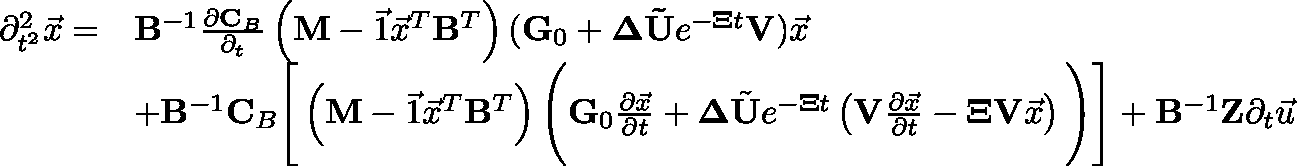
\begin{array} { r l } { \partial _ { t ^ { 2 } } ^ { 2 } \vec { x } = } & { \mathbf { B } ^ { - 1 } \frac { \partial \mathbf { C } _ { B } } { \partial _ { t } } \left( \mathbf { M } - \vec { 1 } \vec { x } ^ { T } \mathbf { B } ^ { T } \right) ( \mathbf { G } _ { 0 } + \mathbf { \Delta } \mathbf { \tilde { U } } e ^ { - \mathbf { \Xi } t } \mathbf { V } ) \vec { x } } \\ & { + \mathbf { B } ^ { - 1 } \mathbf { C } _ { B } \Bigg [ \left( \mathbf { M } - \vec { 1 } \vec { x } ^ { T } \mathbf { B } ^ { T } \right) \Bigg ( \mathbf { G } _ { 0 } \frac { \partial \vec { x } } { \partial t } + \mathbf { \Delta } \tilde { \mathbf { U } } e ^ { - \mathbf { \Xi } t } \left( \mathbf { V } \frac { \partial \vec { x } } { \partial t } - \mathbf { \Xi } \mathbf { V } \vec { x } \right) \Bigg ) \Bigg ] + \mathbf { B } ^ { - 1 } \mathbf { Z } \partial _ { t } \vec { u } } \end{array}